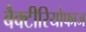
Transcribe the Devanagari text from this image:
बैक्टीरियोफाज